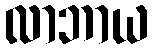
လာဘာယ